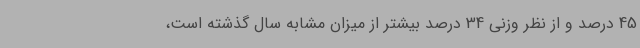
45 درصد و از نظر وزنی 34 درصد بیشتر از میزان مشابه سال گذشته است،